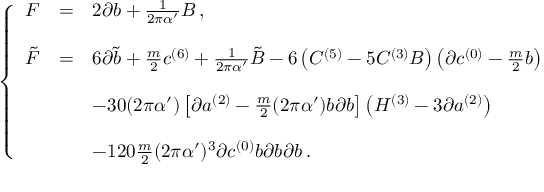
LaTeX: \left\{ \begin{array} { r c l } { { { \cal F } } } & { { = } } & { { 2 \partial b + \frac { 1 } { 2 \pi \alpha ^ { \prime } } B \, , } } \\ { { } } & { { } } & { { } } \\ { { \tilde { \cal F } } } & { { = } } & { { 6 \partial \tilde { b } + \frac { m } { 2 } c ^ { ( 6 ) } + \frac { 1 } { 2 \pi \alpha ^ { \prime } } \tilde { B } - 6 \left( C ^ { ( 5 ) } - 5 C ^ { ( 3 ) } B \right) \left( \partial c ^ { ( 0 ) } - \frac { m } { 2 } b \right) } } \\ { { } } & { { } } & { { } } \\ { { } } & { { } } & { { - 3 0 ( 2 \pi \alpha ^ { \prime } ) \left[ \partial a ^ { ( 2 ) } - \frac { m } { 2 } ( 2 \pi \alpha ^ { \prime } ) b \partial b \right] \left( { \cal H } ^ { ( 3 ) } - 3 \partial a ^ { ( 2 ) } \right) } } \\ { { } } & { { } } & { { } } \\ { { } } & { { } } & { { - 1 2 0 \frac { m } { 2 } ( 2 \pi \alpha ^ { \prime } ) ^ { 3 } \partial c ^ { ( 0 ) } b \partial b \partial b \, . } } \end{array} \right.